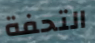
التحفة